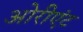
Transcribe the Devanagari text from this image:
ओरीएंट